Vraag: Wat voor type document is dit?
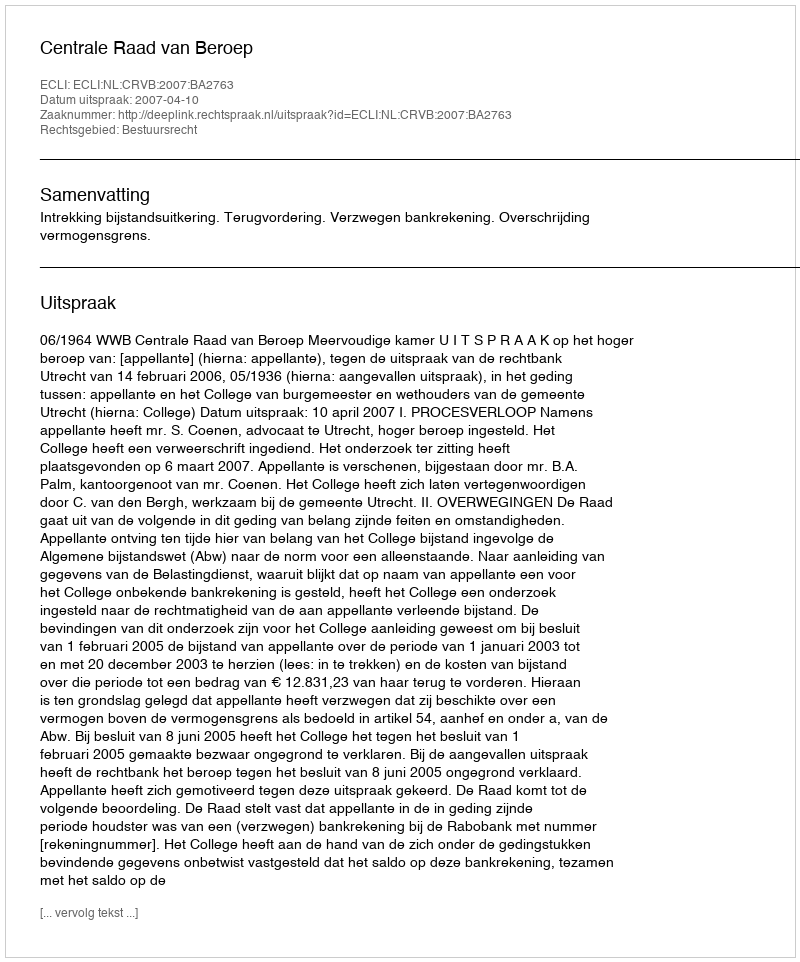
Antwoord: Uitspraak